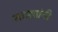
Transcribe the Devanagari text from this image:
साड्यांनी